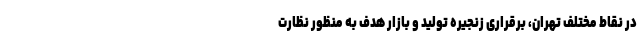
در نقاط مختلف تهران، برقراری زنجیره تولید و بازار هدف به منظور نظارت